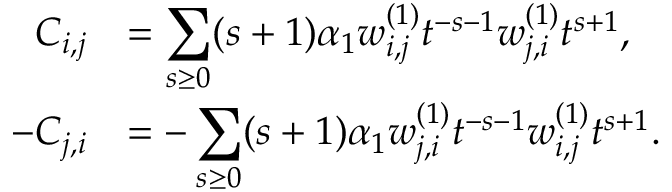
\begin{array} { r l } { C _ { i , j } } & { = \displaystyle \sum _ { s \geq 0 } ( s + 1 ) \alpha _ { 1 } w _ { i , j } ^ { ( 1 ) } t ^ { - s - 1 } w _ { j , i } ^ { ( 1 ) } t ^ { s + 1 } , } \\ { - C _ { j , i } } & { = - \displaystyle \sum _ { s \geq 0 } ( s + 1 ) \alpha _ { 1 } w _ { j , i } ^ { ( 1 ) } t ^ { - s - 1 } w _ { i , j } ^ { ( 1 ) } t ^ { s + 1 } . } \end{array}